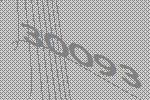
30093